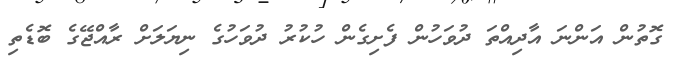
ގޮތުން އަންނަ އާދިއްތަ ދުވަހުން ފެށިގެން ހުކުރު ދުވަހުގެ ނިޔަލަށް ރާއްޖޭގެ ބޮޑެތި